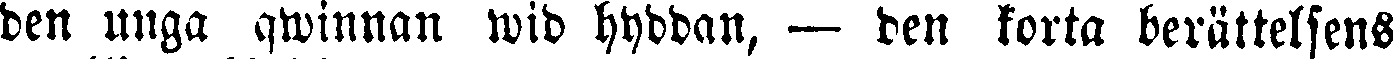
den unga qwinnan wid hyddan, — den korta berättelsens